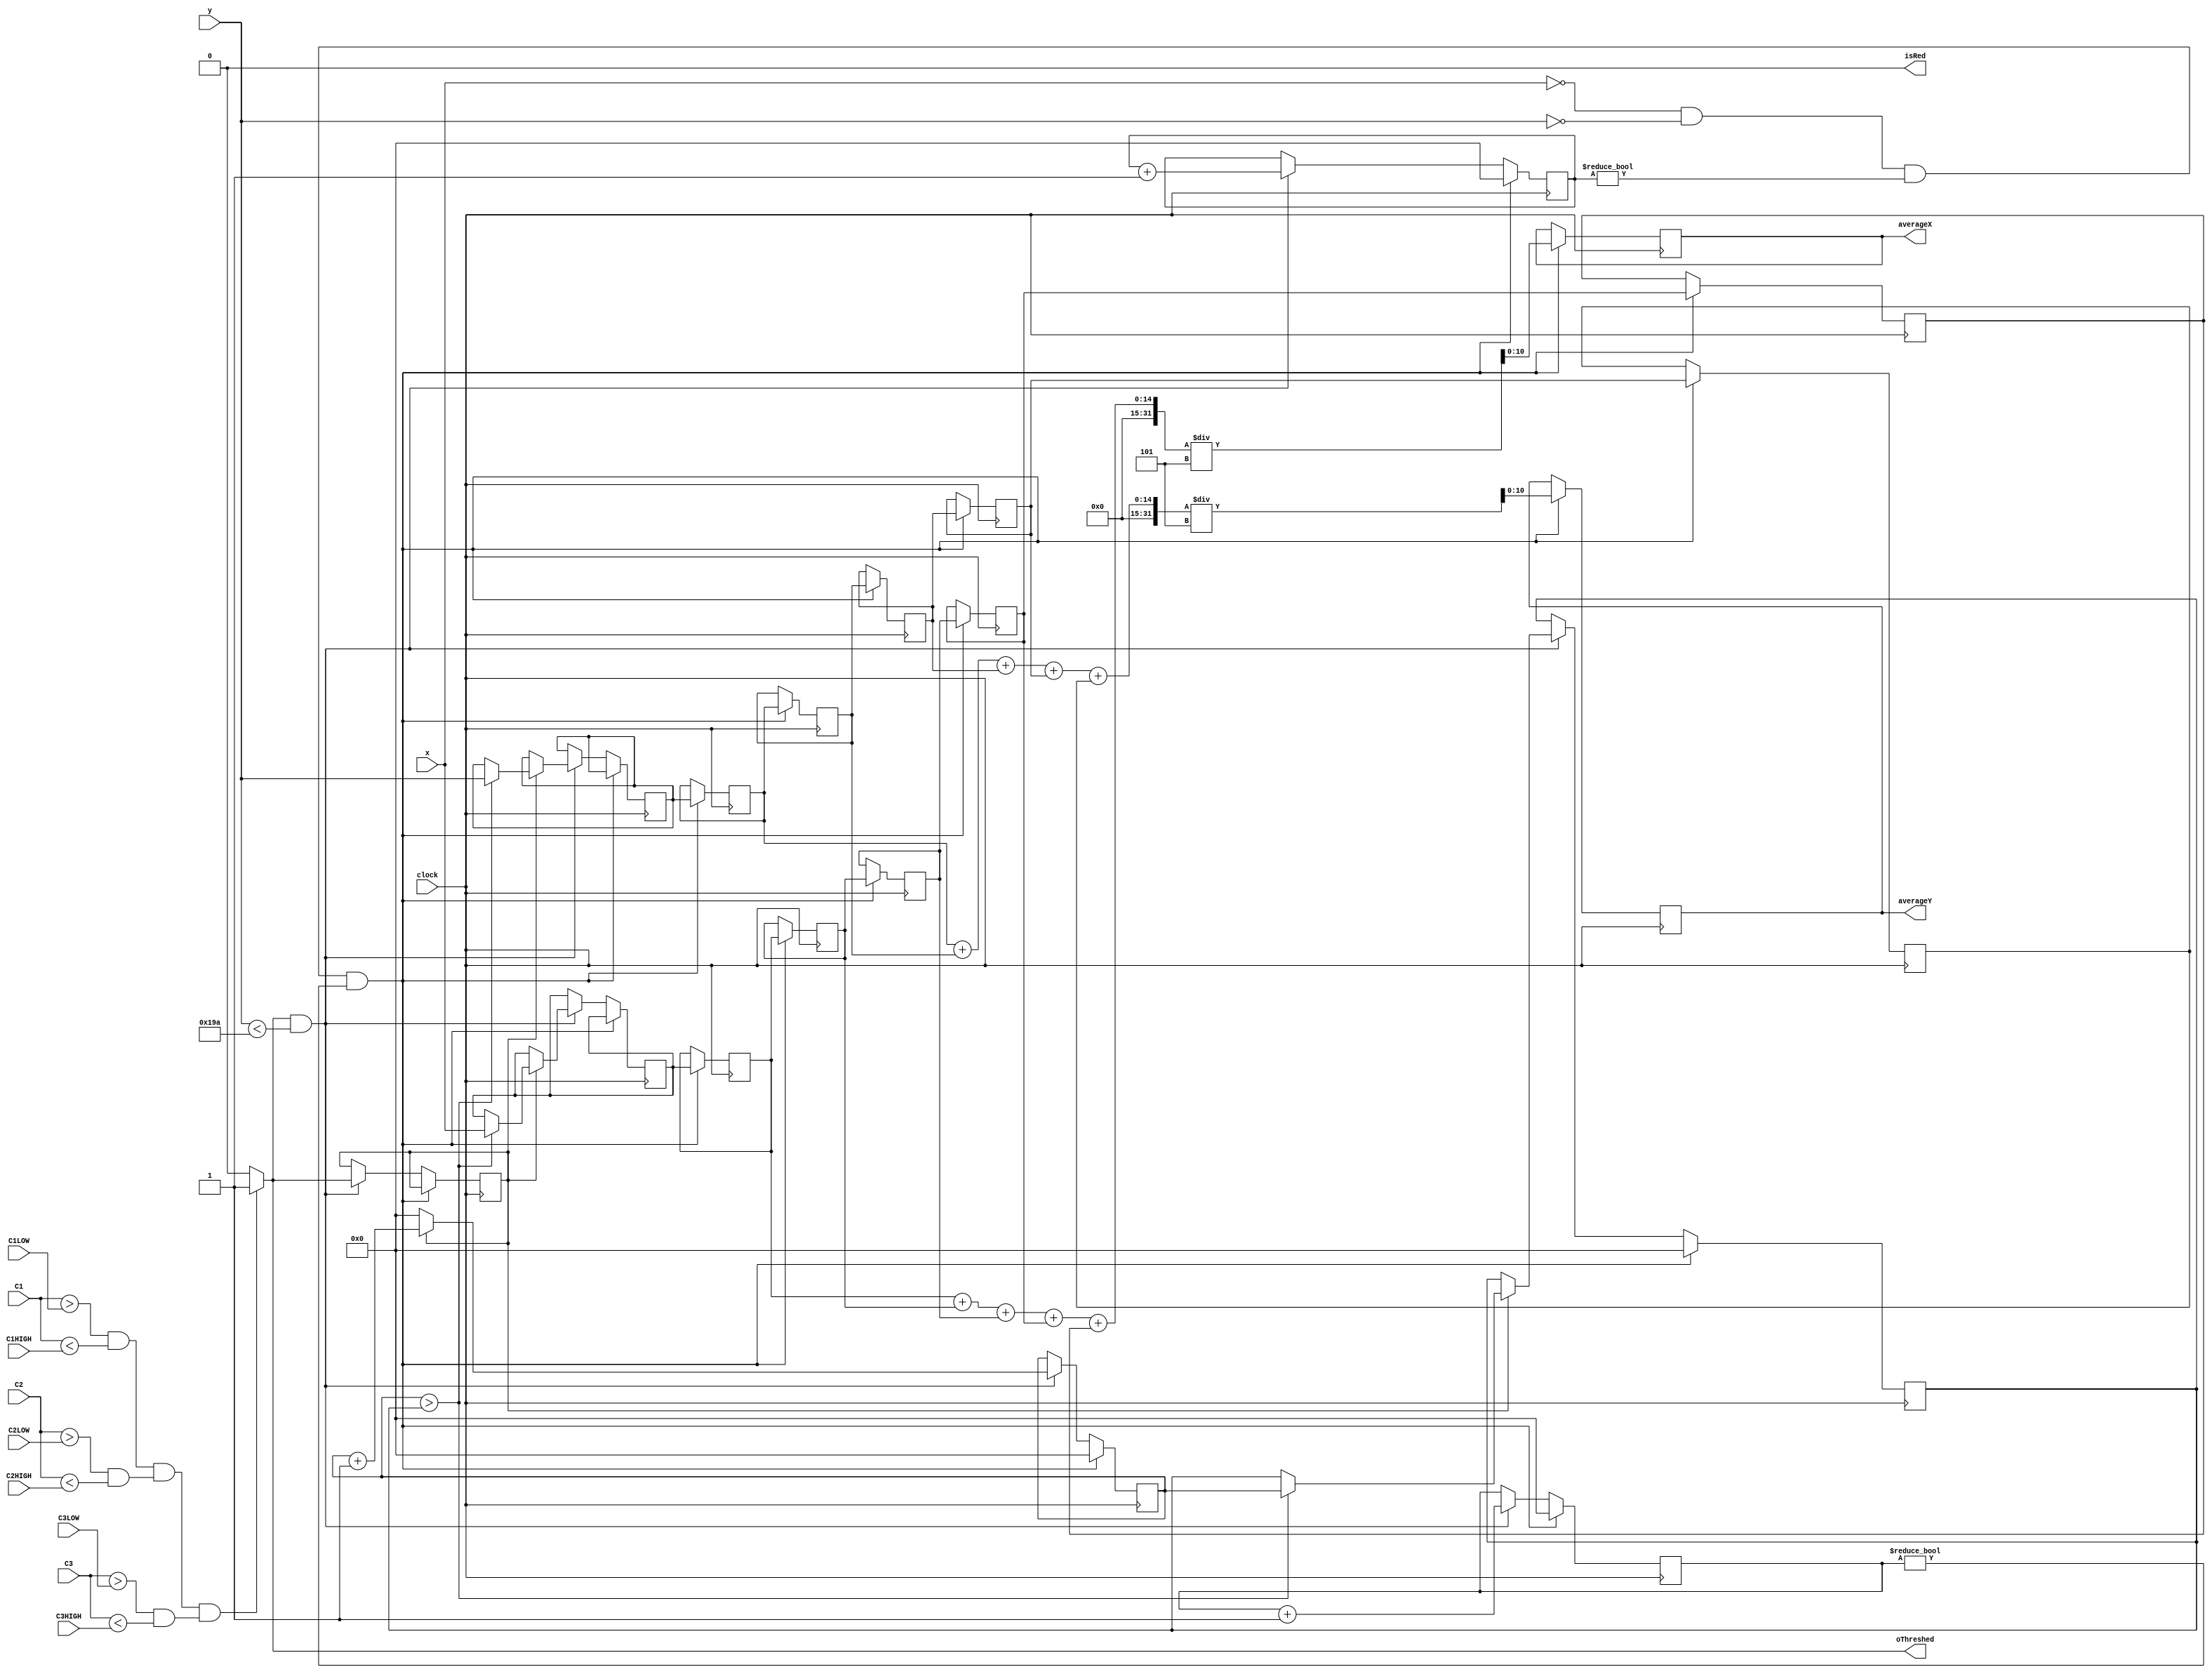
module ImageProcessor (x, y, C1, C2, C3, clock, averageX, averageY, oThreshed, isRed,
C1LOW, C1HIGH, C2LOW, C2HIGH, C3LOW, C3HIGH);
input [10:0] x, y;
input [7:0] C1, C2, C3;
input clock;
output oThreshed;
	
// THRESH PARAMETERS
//parameter [7:0] C1LOW = 8'd15, C1HIGH = 8'd250, C2LOW = 8'd8, C2HIGH = 8'd145, C3LOW = 8'd165, C3HIGH = 8'd248;
input [7:0] C1LOW, C1HIGH, C2LOW, C2HIGH, C3LOW, C3HIGH;

// WHETHER OR NOT RED IS FOUND
output reg isRed;
initial isRed = 0;

// MAYBE USELESS
reg [10:0] numX, numY;
initial numX = 0;
initial numY = 0;

reg [17:0] sumX, sumY;
initial sumX = 0;
initial sumY = 0;

// STORES OUTPUT
output reg [10:0] averageX, averageY;
initial averageX = 0;
initial averageY = 0;	
	
// REGs FOR FINDING BLOB
reg [10:0] currHorLength;
reg [10:0] maxHorLength;
reg [10:0] bestX, bestY;
reg prevPixThreshed;
initial prevPixThreshed = 0;
initial currHorLength = 0;
initial maxHorLength = 0;

// PREVIOUS AVERAGES
reg [10:0] prevAvgX1;
reg [10:0] prevAvgY1;
reg [10:0] prevAvgX2;
reg [10:0] prevAvgY2;
reg [10:0] prevAvgX3;
reg [10:0] prevAvgY3;
reg [10:0] prevAvgX4;
reg [10:0] prevAvgY4;
reg [10:0] prevAvgX5;
reg [10:0] prevAvgY5;
initial prevAvgX1 = 0;
initial prevAvgX2 = 0;
initial prevAvgX3 = 0;
initial prevAvgX4 = 0;
initial prevAvgX5 = 0;
initial prevAvgY1 = 0;
initial prevAvgY2 = 0;
initial prevAvgY3 = 0;
initial prevAvgY4 = 0;
initial prevAvgY5 = 0;
	
wire threshed;
assign threshed = ((C1 > C1LOW && C1 < C1HIGH) && (C2 > C2LOW && C2 < C2HIGH) && (C3 > C3LOW && C3 < C3HIGH)) ? 1 : 0;
	
assign oThreshed = threshed;
	
always @(posedge clock)
begin
	if(x == 0 && y == 0 && numX != 0 && numY != 0)
		begin 
			//averageX <= sumX / numX;
			//averageY <= sumY / numY;
			
			// NEW VALUE
			prevAvgX1 <= bestX;
			prevAvgY1 <= bestY;
			
			prevAvgX2 <= prevAvgX1;
			prevAvgY2 <= prevAvgY1;
			
			prevAvgX3 <= prevAvgX2;
			prevAvgY3 <= prevAvgY2;
			
			prevAvgX4 <= prevAvgX3;
			prevAvgY4 <= prevAvgY3;
			
			prevAvgX5 <= prevAvgX4;
			prevAvgY5 <= prevAvgY4;

			averageX <= (prevAvgX1 + prevAvgX2 + prevAvgX3 + prevAvgX4 + prevAvgX5)/5;
			averageY <= (prevAvgY1 + prevAvgY2 + prevAvgY3 + prevAvgY4 + prevAvgY5)/5;
			
			numX <= 0;
			numY <= 0;
			
			sumX <= 0;
			sumY <= 0;
			
			maxHorLength <= 0;
			currHorLength <= 0;
		end
	else
		begin 
			if(threshed == 1 && y < 410)
			begin
				if (!prevPixThreshed)
					currHorLength <= 0;
				else
				begin
					currHorLength <= currHorLength + 1;
					if (currHorLength > maxHorLength)
					begin
						maxHorLength <= currHorLength;
						bestX <= x;
						bestY <= y;
					end
				end
				
				// Keeps the thresh of the previous pixel
				prevPixThreshed <= threshed;
			
				sumX <= sumX + x;
				sumY <= sumY + y;
				
				numX <= numX + 1;
				numY <= numY + 1;
			end
		end
end
		
endmodule